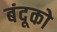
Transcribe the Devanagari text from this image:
बंदूको